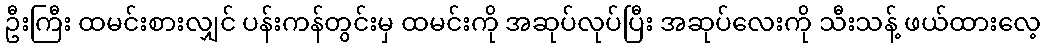
ဦးကြီး ထမင်းစားလျှင် ပန်းကန်တွင်းမှ ထမင်းကို အဆုပ်လုပ်ပြီး အဆုပ်လေးကို သီးသန့် ဖယ်ထားလေ့